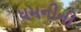
ધમનીની